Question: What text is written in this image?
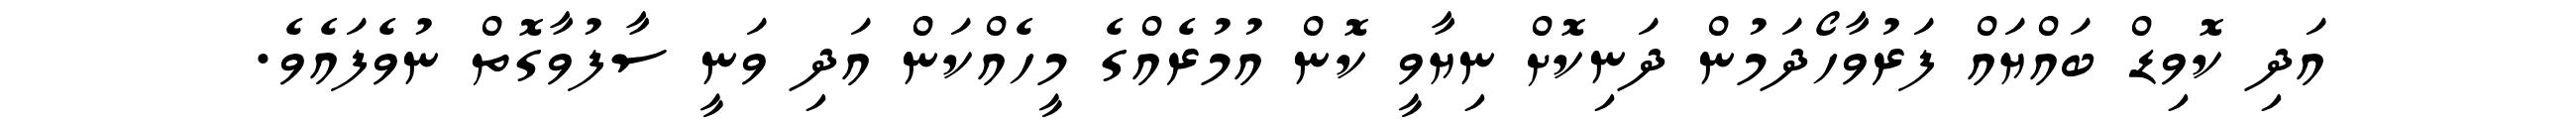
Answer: އަދި ކޮވިޑް ބައްޔައް ފަރުވާހޯދަމުން ދަނިކޮށް ނިޔާވީ ކޮން އުމުރެއްގެ މީހެއްކަން އަދި ވަނީ ސާފުވާގޮތް ނުވެފައެވެ.